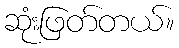
ဆုံးဖြတ်တယ်။